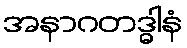
အနာဂတဒ္ဓါနံ